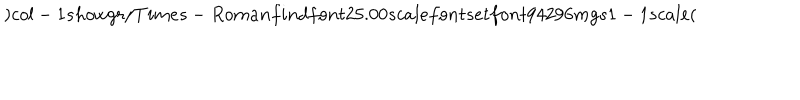
) c o l - 1 s h o w g r / T i m e s - R o m a n f i n d f o n t 2 5 . 0 0 s c a l e f o n t s e t f o n t 9 4 2 9 6 m g s 1 - 1 s c a l e (